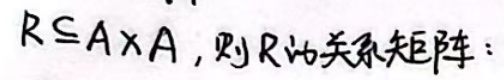
$R = A \times A$，则\(R\)的关系矩阵：